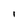
Character: i